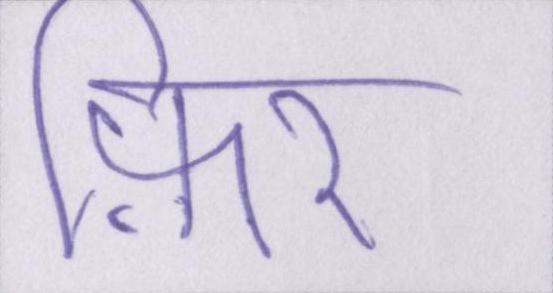
फ़िर